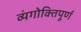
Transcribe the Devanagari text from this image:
व्यंगोक्तिपूर्ण